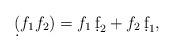
LaTeX: \begin{align*}\d(f_1f_2)=f_1\,\d f_2+f_2\,\d f_1,\end{align*}